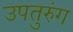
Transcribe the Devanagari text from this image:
उपतुरुंग